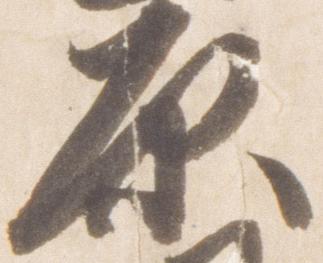
原